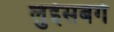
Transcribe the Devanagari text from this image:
लुईसबर्ग